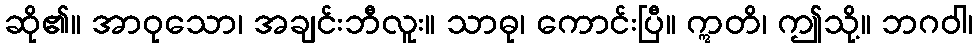
ဆို၏။ အာဝုသော၊ အချင်းဘီလူး။ သာဓု၊ ကောင်းပြီ။ ဣတိ၊ ဤသို့။ ဘဂဝါ၊